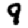
Digit: 9